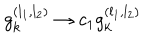
LaTeX: g _ { k } ^ { ( l _ { 1 } , l _ { 2 } ) } \rightarrow c _ { 1 } g _ { k } ^ { ( l _ { 1 } , l _ { 2 } ) }